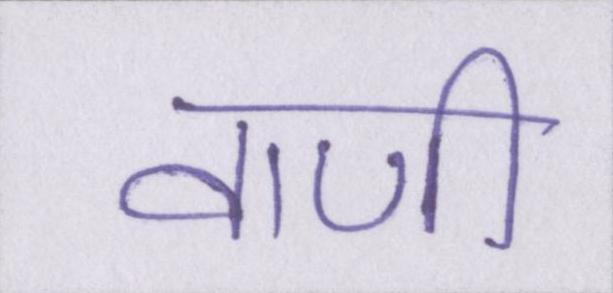
वाणी